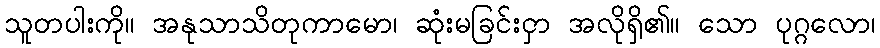
သူတပါးကို။ အနုသာသိတုကာမော၊ ဆုံးမခြင်းငှာ အလိုရှိ၏။ သော ပုဂ္ဂလော၊